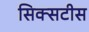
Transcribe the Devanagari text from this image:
सिक्सटीस